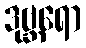
ဒုဗ္ဘရော